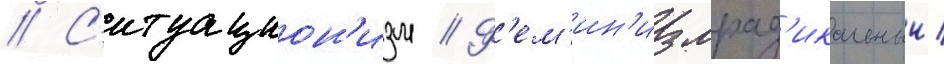
// С'итуацион'изм // Ф'ем'ин'измрад'икальныи